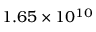
1 . 6 5 \times 1 0 ^ { 1 0 }